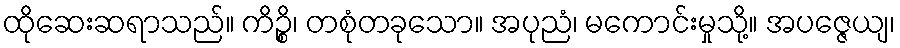
ထိုဆေးဆရာသည်။ ကိဉ္စိ၊ တစုံတခုသော။ အပုညံ၊ မကောင်းမှုသို့။ အပဇ္ဇေယျ၊